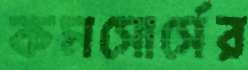
কমসোর্সের